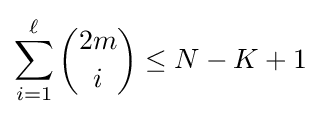
\sum _{i=1}^{\ell }{\binom {2m}{i}}\leq N-K+1